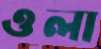
ওলা